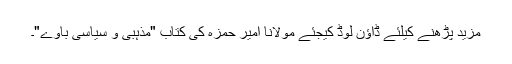
مزید پڑھنے کیلئے ڈاؤن لوڈ کیجئے مولانا امیر حمزہ کی کتاب "مذہبی و سیاسی باوے"۔